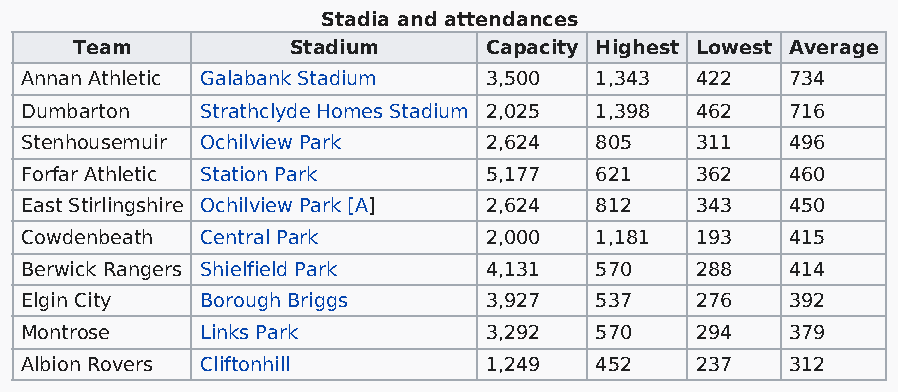
Stadia and attendances
 Team          Stadium      Capacity Highest Lowest Average
 Annan Athletic Galabank Stadium 3,500 1,343  422   734
 Dumbarton   Strathclyde Homes Stadium 2,025 1,398 462 716
 Stenhousemuir Ochilview Park   2,624  805    311   496
 Forfar Athletic Station Park   5,177  621    362   460
 East Stirlingshire Ochilview Park [A] 2,624 812 343 450
 Cowdenbeath Central Park       2,000  1,181  193   415
 Berwick Rangers Shielfield Park 4,131 570    288   414
 Elgin City  Borough Briggs     3,927  537    276   392
 Montrose    Links Park         3,292  570    294   379
 Albion Rovers Cliftonhill      1,249  452    237   312